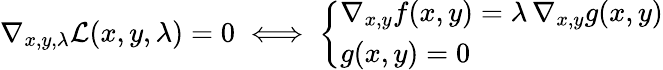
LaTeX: \nabla_{x,y,\lambda}{\mathcal{L}}(x,y,\lambda)=0\iff{\left\{ \begin{array}{ll}{\nabla_{x,y}f(x,y)=\lambda\, \nabla_{x,y}g(x,y)}\\ {g(x,y)=0}\end{array}\right.}